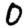
Digit: 0